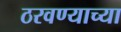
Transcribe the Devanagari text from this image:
ठरवण्याच्या